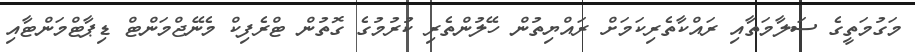
މަގުމަތީގެ ސަލާމަތާއި ރައްކާތެރިކަމަށް ރައްޔިތުން ހޭލުންތެރި ކުރުމުގެ ގޮތުން ޓްރެފިކް މެނޭޖްމަންޓް ޑިޕާޓްމަންޓާއި